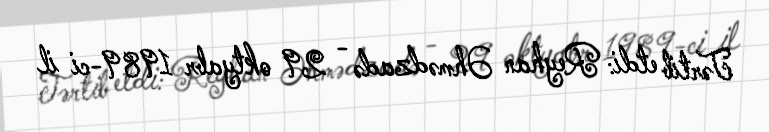
Tərtib etdi: Reyhan Əhmədzadə - 29 oktyabr 1989-ci il